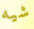
شيه